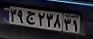
۳۹ج۲۳۸۳۱